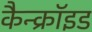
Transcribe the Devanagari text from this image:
कैन्क्रॉइड